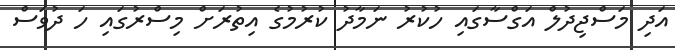
އަދި މަސްޖިދުލް އަގްސާގައި ހުކުރު ނަމާދު ކުރުމުގެ އިތުރަށް މިސްރުގައި ހަ ދުވަސް